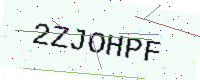
Text: 2ZJOHPF